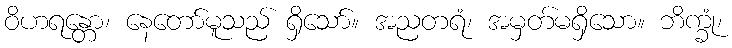
ဝိဟရန္တော၊ နေတော်မူသည် ရှိသော်။ အညတရံ၊ အမှတ်မရှိသော။ ဘိက္ခုံ၊